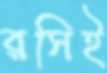
রসিই